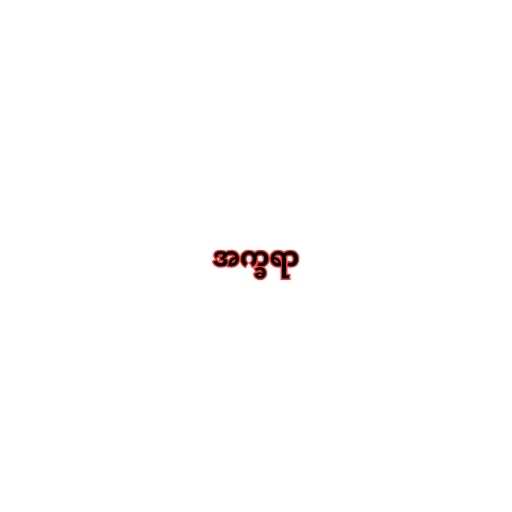
အက္ခရာ